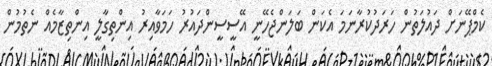
ކެމްޕޭނަށް ދައުލަތުން ހަރަދުކުރާނަމަ އެކަން ބަލަންޖެހޭނީ އޭސީސީންދައުރު ހަމަވާއިރު އިންތިގާލީ އިންތިޒާމެއް ނެތުމުން